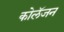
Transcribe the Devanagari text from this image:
कोलॅजन